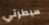
سيطرتي